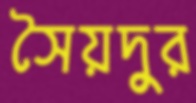
সৈয়দুর